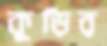
কুড়ির